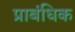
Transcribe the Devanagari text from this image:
प्राबंधिक